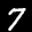
Label: 7